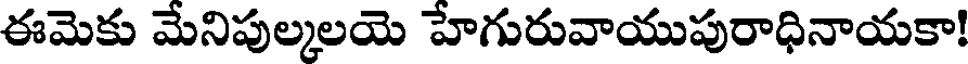
ఈమెకు మేనిపుల్కలయె హేగురువాయుపురాధినాయకా!